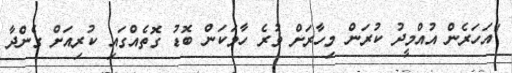
"އަހަރެން އުއްމީދު ކުރަން މިހާރަށް ވުރެ ހާމަކަން ބޮޑު ގޮތެއްގައި ކުރިއަށް ގެންދާ